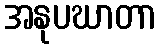
အနုပဃာတာ